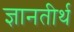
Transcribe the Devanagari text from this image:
ज्ञानतीर्थ